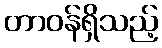
တာဝန်ရှိသည့်